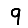
Digit: 9